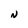
Character: N